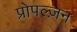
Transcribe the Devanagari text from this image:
प्रोपल्ज़न